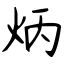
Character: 炳